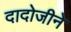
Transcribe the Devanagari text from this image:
दादोजीने